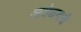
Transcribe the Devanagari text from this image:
आरोळ्यानी